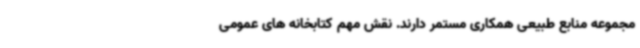
مجموعه منابع طبیعی همکاری مستمر دارند. نقش مهم کتابخانه های عمومی